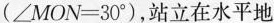
($$∠ M O N = 3 0 °$$)，站立在水平地